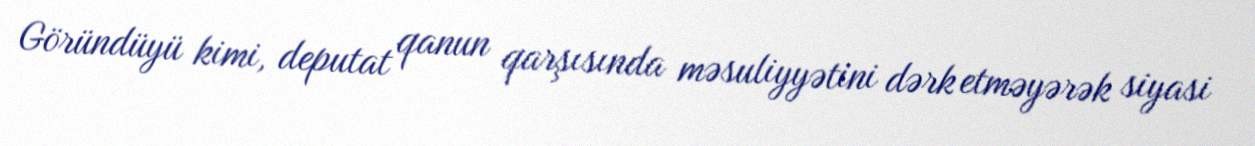
Göründüyü kimi, deputat qanun qarşısında məsuliyyətini dərk etməyərək siyasi